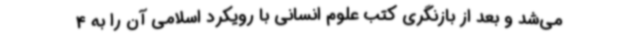
می‌شد و بعد از بازنگری کتب علوم انسانی با رویکرد اسلامی آن را به 4